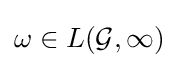
\omega \in L({\mathcal {G}},\infty )